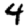
Digit: 4